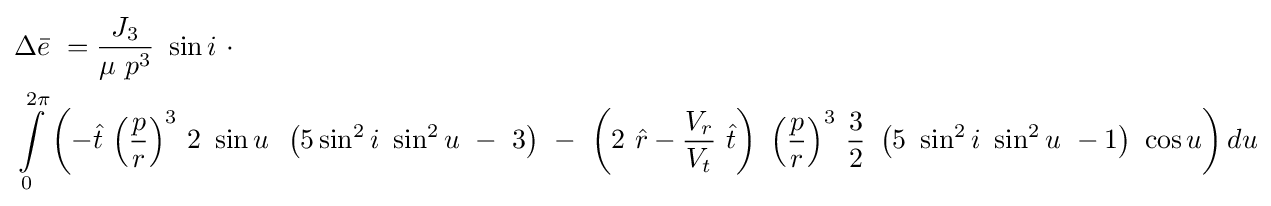
{\begin{aligned}&\Delta {\bar {e}}\ ={\frac {J_{3}}{\mu \ p^{3}}}\ \sin i\ \cdot \\&\int \limits _{0}^{2\pi }\left(-{\hat {t}}\ {\left({\frac {p}{r}}\right)}^{3}\ 2\ \sin u\,\ \left(5\sin ^{2}i\ \sin ^{2}u\ -\ 3\right)\ -\ \left(2\ {\hat {r}}-{\frac {V_{r}}{V_{t}}}\ {\hat {t}}\right)\ {\left({\frac {p}{r}}\right)}^{3}\ {\frac {3}{2}}\ \left(5\ \sin ^{2}i\ \sin ^{2}u\ -1\right)\ \cos u\right)du\end{aligned}}